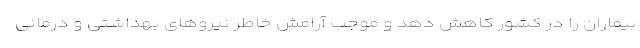
بیماران را در کشور کاهش دهد و موجب آرامش خاطر نیروهای بهداشتی و درمانی